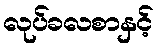
လုပ်ခလစာနှင့်